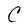
Character: C